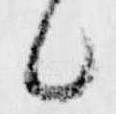
候